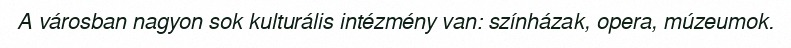
A városban nagyon sok kulturális intézmény van: színházak, opera, múzeumok.